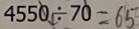
4 5 5 0 \div 7 0 = 6 5